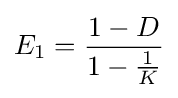
E_{1}={\frac {1-D}{1-{\frac {1}{K}}}}